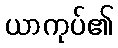
ယာကုပ်၏